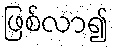
ဖြစ်လာ၍